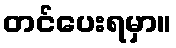
တင်ပေးရမှာ။